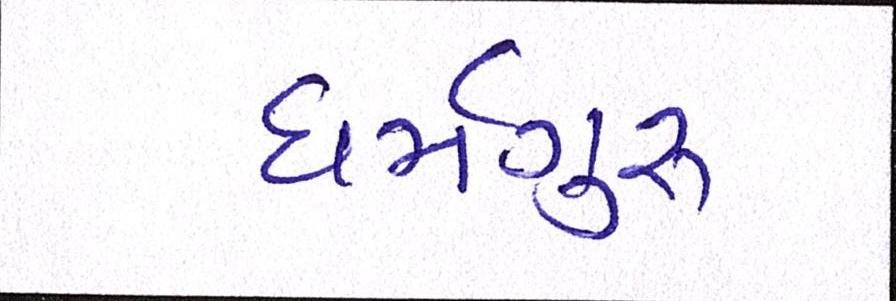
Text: ધર્મગુરૂ